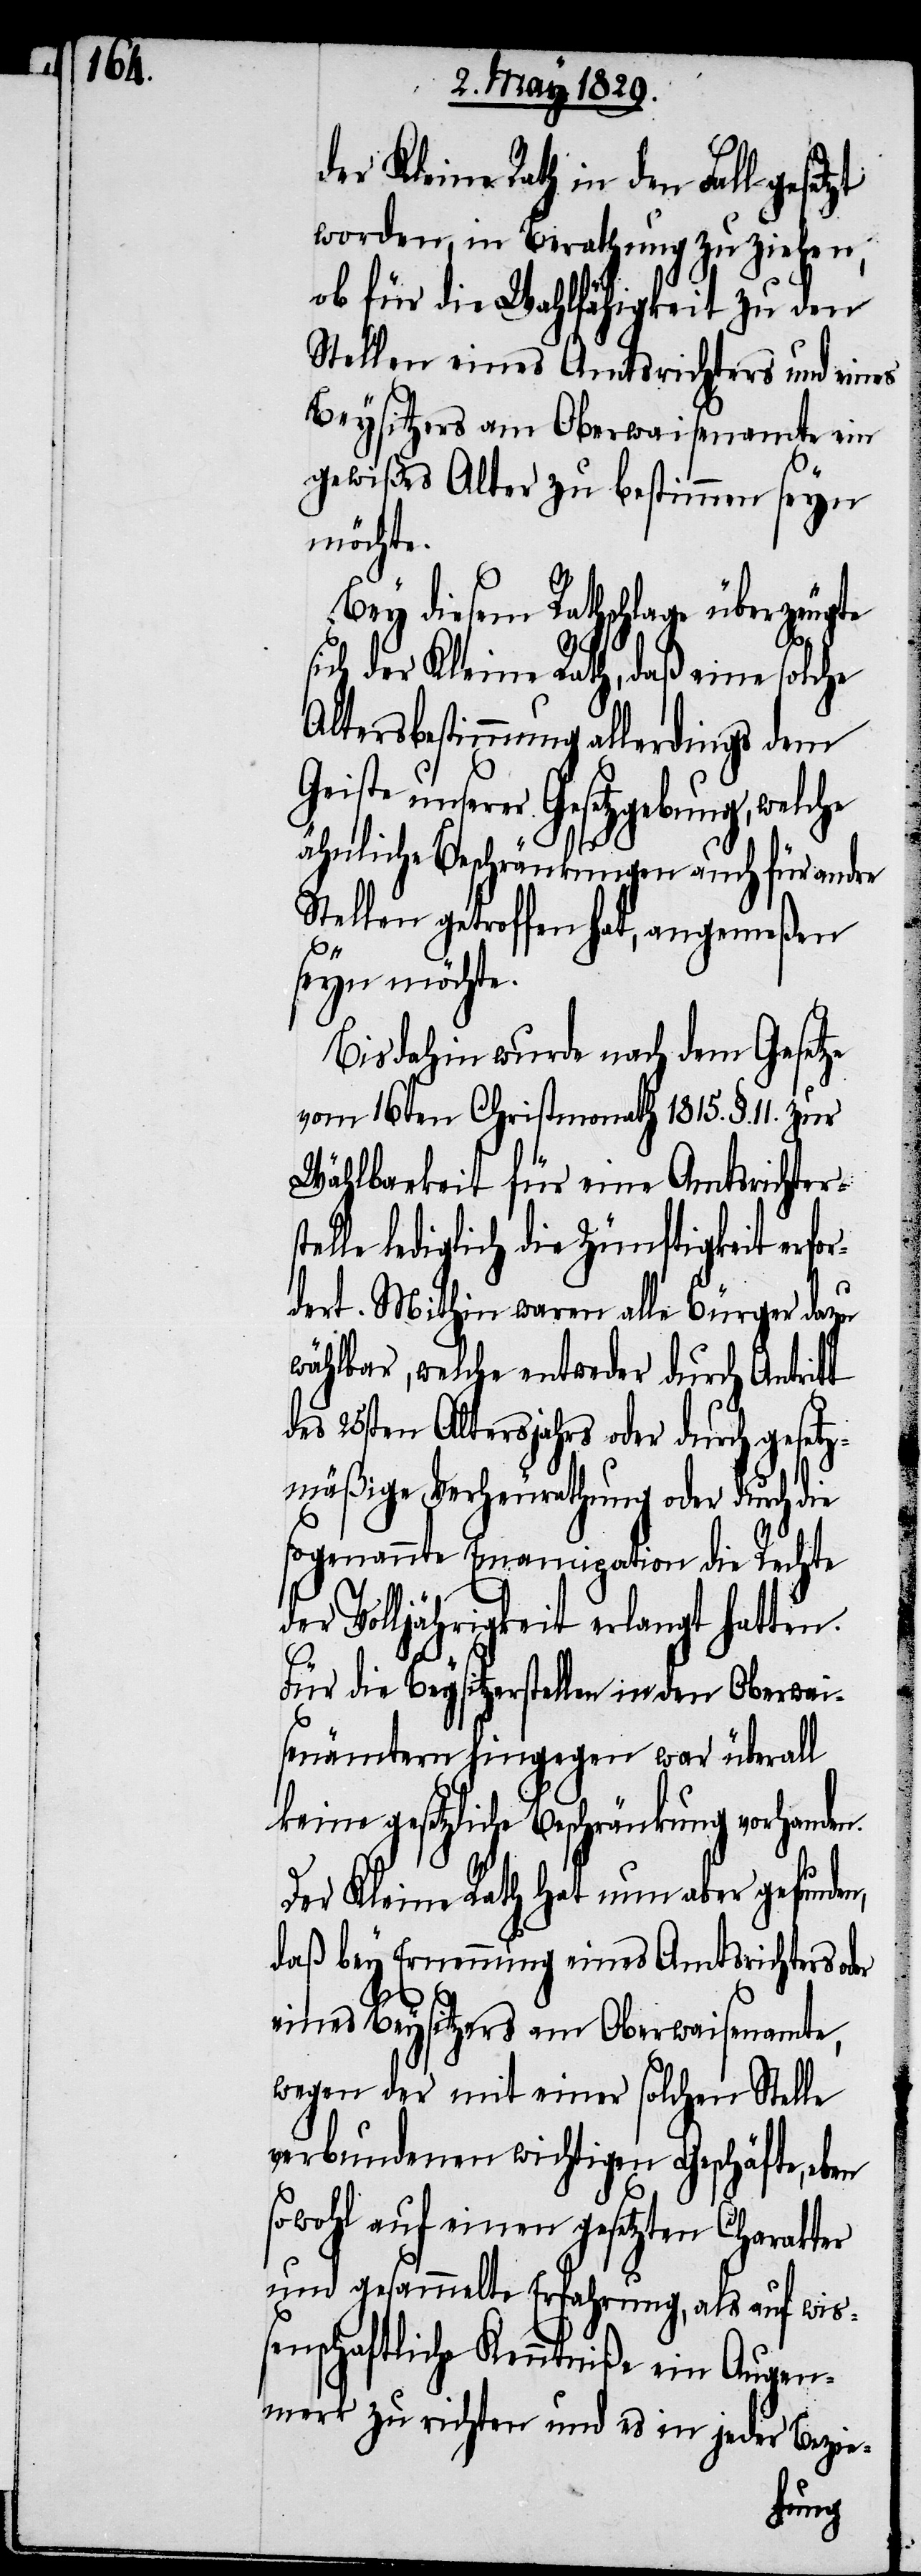
n,

der Kleine Rath in den Fall gesetzt
worden, in Berathung zu ziehen,
ob für die Wahlfähigkeit zu den
Stellen eines Amtsrichters und eines
Beysitzers am Oberwaisenamte ein
gewißes Alter zu bestimmen seyn
möchte.
Bey diesem Rathschlage überzeugte
sich der Kleine Rath, daß eine solche
Altersbestimmung allerdings dem
Geiste unserer Gesetzg¬
ähnliche Beschränkungen auch für andre
Stellen getroffen hat, angemeßen
seyn möchte.
Bis dahin wurde nach dem Gesetz
vom 16ten Christmonath 1815. §. 11.
Wählbarkeit für eine Amtsrichters¬
telle lediglich die Zünftigkeit erfo¬
rdert. Mithin waren alle Bürger dazu
wählbar, welche entweder durch Antritt
des 25sten Altersjahrs oder durch gesetz¬
mäßige Verheurathung oder durch die
sogenannte Emancipation die Rechte
der Volljährigkeit erlangt hatten.
Für die Beysitzerstellen in den Oberwai¬
senämtern hingegen war überall
keine gesetzliche Beschränkung vorhanden.
Der Kleine Rath hat nun aber gefunde¬
daß bey Ernennung eines Amtsrichters oder
eines Beysitzers am Oberwaisenamte,
wegen der mit einer solchen Stelle
verbundenen wichtigen Geschäfte, eben
sowohl auf einen gesetzten Charakter
und gesammelte Erfahrung, als auf wi¬
ßenschaftliche Kenntniße ein Augen¬
merk zu richten und es in jeder Bezie-
ebung,